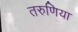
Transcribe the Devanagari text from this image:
तरुणिया